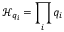
\mathcal { H } _ { q _ { i } } = \prod _ { i } q _ { i }